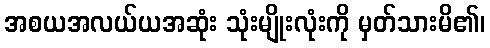
အစယအလယ်ယအဆုံး သုံးမျိုးလုံးကို မှတ်သားမိ၏၊